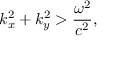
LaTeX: k _ { x } ^ { 2 } + k _ { y } ^ { 2 } > { \frac { \omega ^ { 2 } } { c ^ { 2 } } } ,